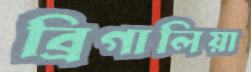
ব্রিগালিয়া